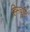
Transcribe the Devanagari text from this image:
हिमवृष्टि